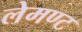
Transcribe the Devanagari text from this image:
लेमण्ट